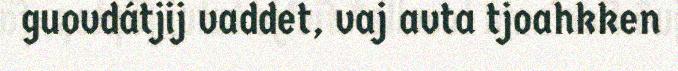
guovdátjij vaddet, vaj avta tjoahkken